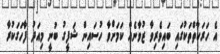
އެ ހަރަކާތްތަކުގައި ބައިވެރިވާ ޒުވާނެއް ކަމަށްވާ ހުސައިން ޝަފީގު ބުނީ މިއަދު ފާހަގަކުރާ